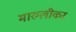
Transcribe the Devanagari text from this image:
मारुलीकर